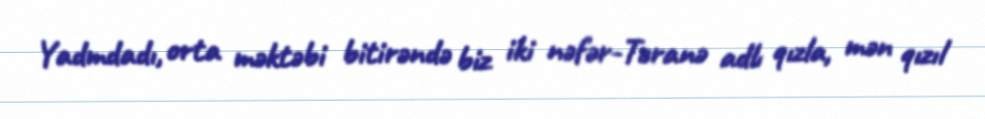
Yadmdadı, orta məktəbi bitirəndə biz iki nəfər-Təranə adlı qızla, mən qızıl